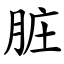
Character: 脏